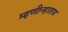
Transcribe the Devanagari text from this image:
म्हणीन्हाताय